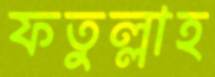
ফতুল্লাহ